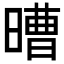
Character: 𣉿